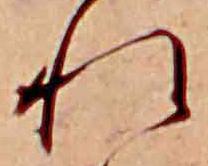
れ